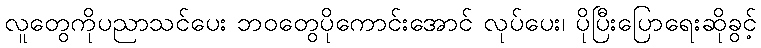
လူတွေကိုပညာသင်ပေး ဘဝတွေပိုကောင်းအောင် လုပ်ပေး၊ ပိုပြီးပြောရေးဆိုခွင့်